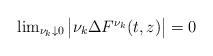
LaTeX: \begin{align*}\begin{array}{ll}\lim_{\nu_k\downarrow 0}{\big |}\nu_k\Delta F^{\nu_k}(t,z){\big |}=0\end{array}\end{align*}